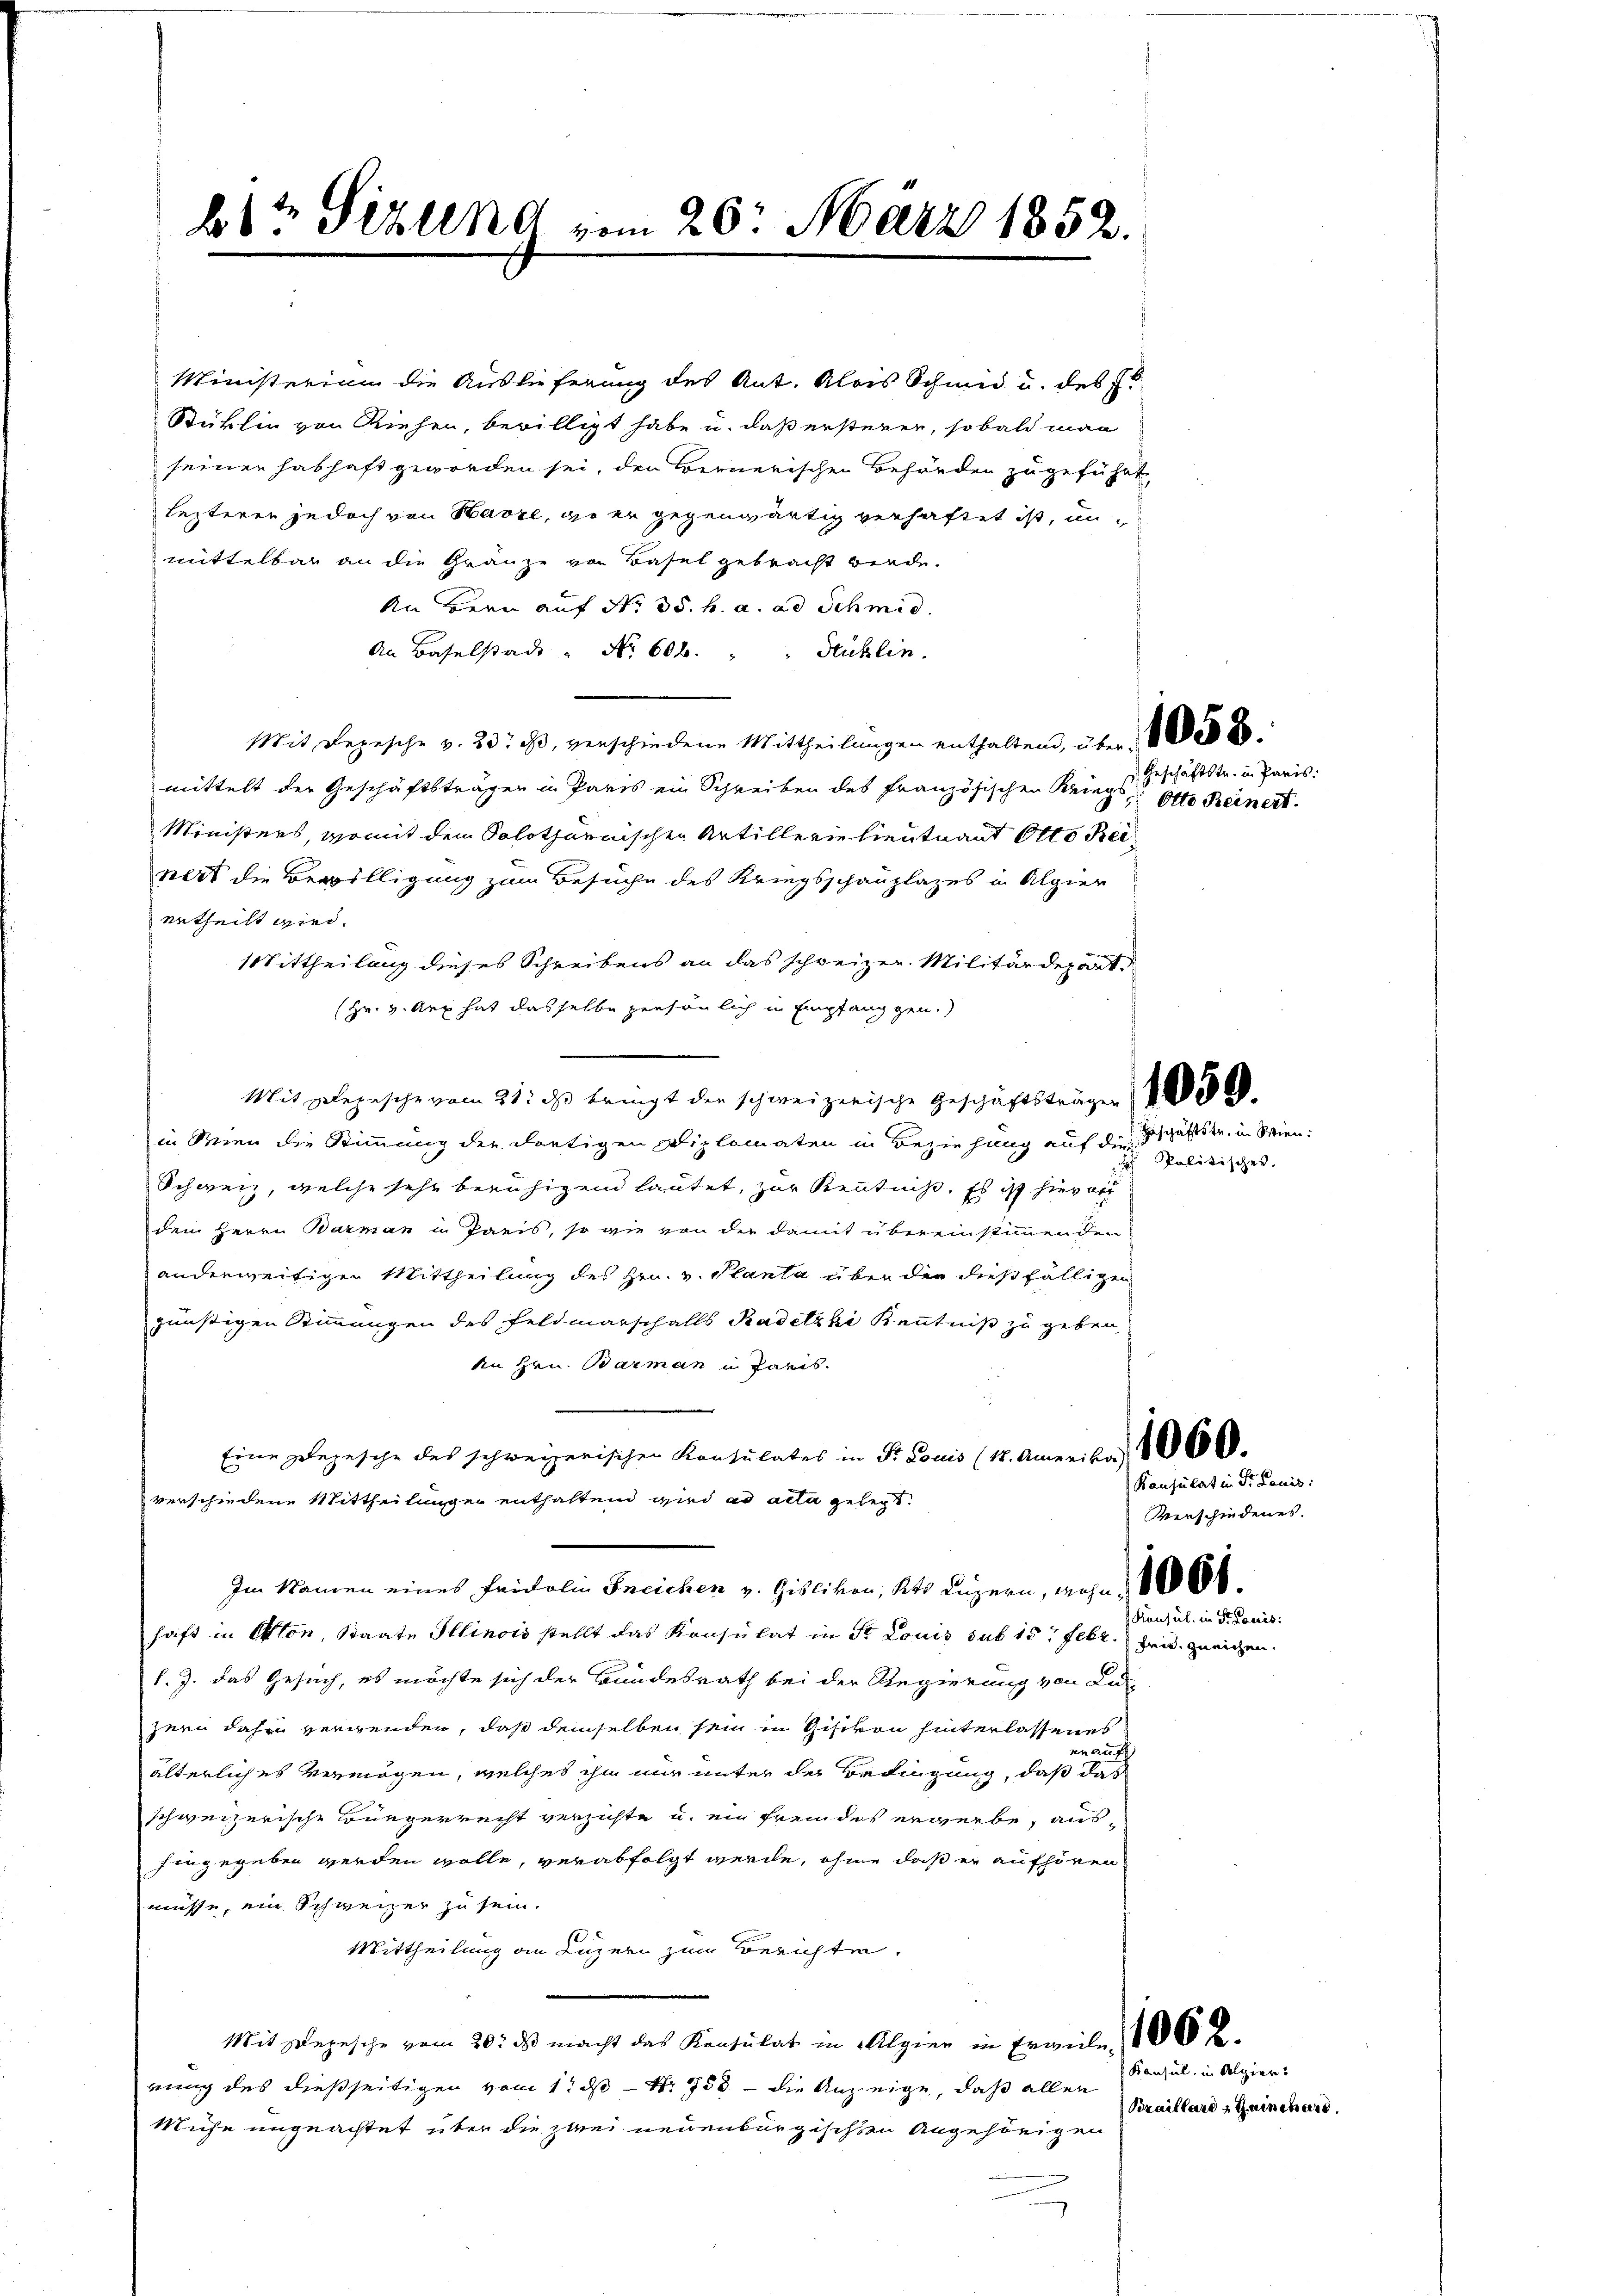
6½ Sizung vom 20. März 1852.

Ministerium die Auslieferung des Ant. Alois Schmid u. des
Stuklin von Riehen, bewilligt habe u. daß ersterer, sobald man
seiner habhaft geworden sei, den Bernerischen Behörden zugeführte
lezteren jedoch von Havre, geer gegenwärtig verhaftet ist, un
mittelbar an die Gränze von Basel gebracht werde.
An Bern auf No 35. h. a. ad Schmid.
An Baselstadt " Nr. 606. " " Huklin.
Mit Depesche v. 23. ds, verschiedene Mittheilŭngen enthalten, über 1888
mittelt der Geschäftsträgen in Paris ein Schreiben des Französischen KriegsGeschäftstr. in Paris,
Ministers, womit dem Solothurnischen Artillerie lieutnant Otto Beinert die Bewilligung zum Besuche des Kriegsschanzlazes in Algier
ertheilt wird.
Mittheilung dieses Schreibens an das schweizer Militärdepart
(Hr. v. Art hat dasselbe persönlich in Empfang gen.)
Mit Depesche vom 31. ds bringt der schweizerische Geschäftsträger 18
in Wien die Stimmung der dortigen Diplomaten in Beziehung auf Geschäftstr. in Wien,
Schweiz, welche sehr beruhigend lautet, zur Kenntniß. Es ist hieraus
den Herrn Barman in Paris, so wie von der damit übereinstimmenden
anderweitigen Mittheilung des Hrn. v. Planta über die dießfälligen
günstigen Stimmungen des Feldmarschalls Radelzki Kenntniß zu geben,
An Hrn. Barman in Paris.
Eine Depesche des schweizerischen Konsulates in Fr. Louis (18. Amerika) 1060.
verschiedene Mittheilungen enthaltend wird ad acta gelegt.
Im Namen eines Fridolin Freichen v. Giblivon, Kts. Luzern, gehn. 1600
haft in Otton Staate Illinois stellt das Konsulat in St. Louis sub 15. Febr. Haid geeigen.
f. J. das Gesuch, es möchte sich der Bundesrath bei der Regierung von Lu-
zern daher verwenden, daß demselben sein in Gisikon hinterlassenes
den auch
älterlich es vermögen, welches ihn nur unter der Bedingung, daß das
schweizerische Bürgerrecht verzichte u. ein fremdes erwerbe, aushingegeben werden wolle, verabfolgt werde, ohne daß er aufhören
müsse, ein Schweizer zu sein.
Mittheilung an Luzern zum Berichten.
Mit Depesche vom 20. ds macht das Konsulat in Algier in Erweile, 1882.
rung des dießseitigen vom 1t d Nr. 755. - die Anzeige, daß allen Konsul in Alpier
Miche ungeachtet über die zwei neuenburgischen Angehörigen

Otto Reinert.

Konsul in Sr. Danis:

Politisches.

Kausulat in Dr. Lauis:
Verschiedenes.

Braillards Quinchard.